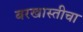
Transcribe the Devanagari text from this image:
बरखास्तीचा